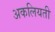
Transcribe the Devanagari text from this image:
अकलियती